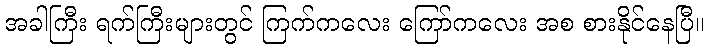
အခါကြီး ရက်ကြီးများတွင် ကြက်ကလေး ကြော်ကလေး အစ စားနိုင်နေပြီ။